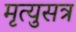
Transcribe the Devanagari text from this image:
मृत्युसत्र